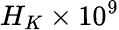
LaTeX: H_{K}\times 10^{9}